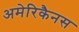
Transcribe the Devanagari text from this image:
अमेरिकैनस